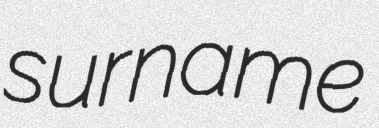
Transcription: surname